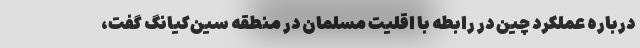
درباره عملکرد چین در رابطه با اقلیت مسلمان در منطقه سین‌کیانگ گفت،